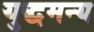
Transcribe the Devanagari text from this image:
युद्धमन्य